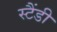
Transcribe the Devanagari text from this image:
स्टैंडी